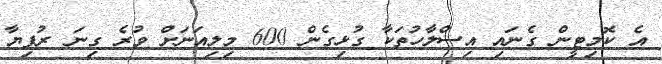
އެ ކޮމިޓީން ގެނައި އިސްލާހުތަކާ ގުޅިގެން 600 މިލިއަނަށް ވުރެ ގިނަ ރުފިޔާ